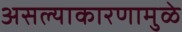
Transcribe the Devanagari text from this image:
असल्याकारणामुळे